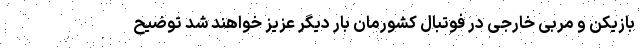
بازیکن و مربی خارجی در فوتبال کشورمان بار دیگر عزیز خواهند شد توضیح